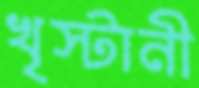
খৃস্টানী